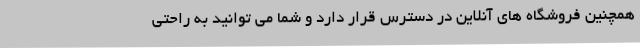
همچنین فروشگاه های آنلاین در دسترس قرار دارد و شما می توانید به راحتی